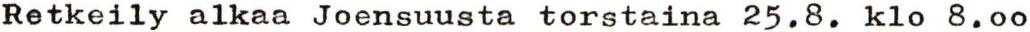
Retkeily alkaa Joensuusta torstaina 25.8. klo 8.00